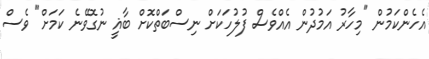
އެހެންކަމުން "މިހާރު އަމުދުން އެއްވެސް ފުލުހަކަށް ނިސްބަތްކޮށް ބާޣީ ނުގޮވޭނެ ކަމަށް" ވެސް